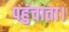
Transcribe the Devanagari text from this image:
पहुंचाता।